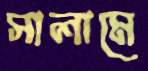
সালামে